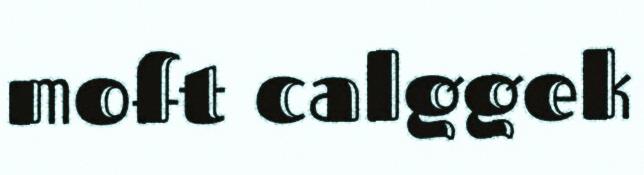
moft calggek